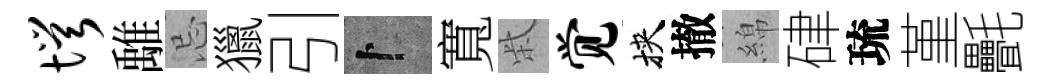
愕𩀌忌獵引卜寬柴觉挾撤綿硉琉堇㲲